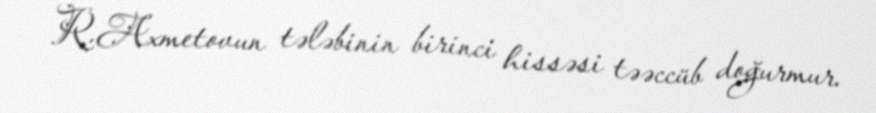
R.Axmetovun tələbinin birinci hissəsi təəccüb doğurmur.